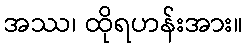
အဿ၊ ထိုရဟန်းအား။